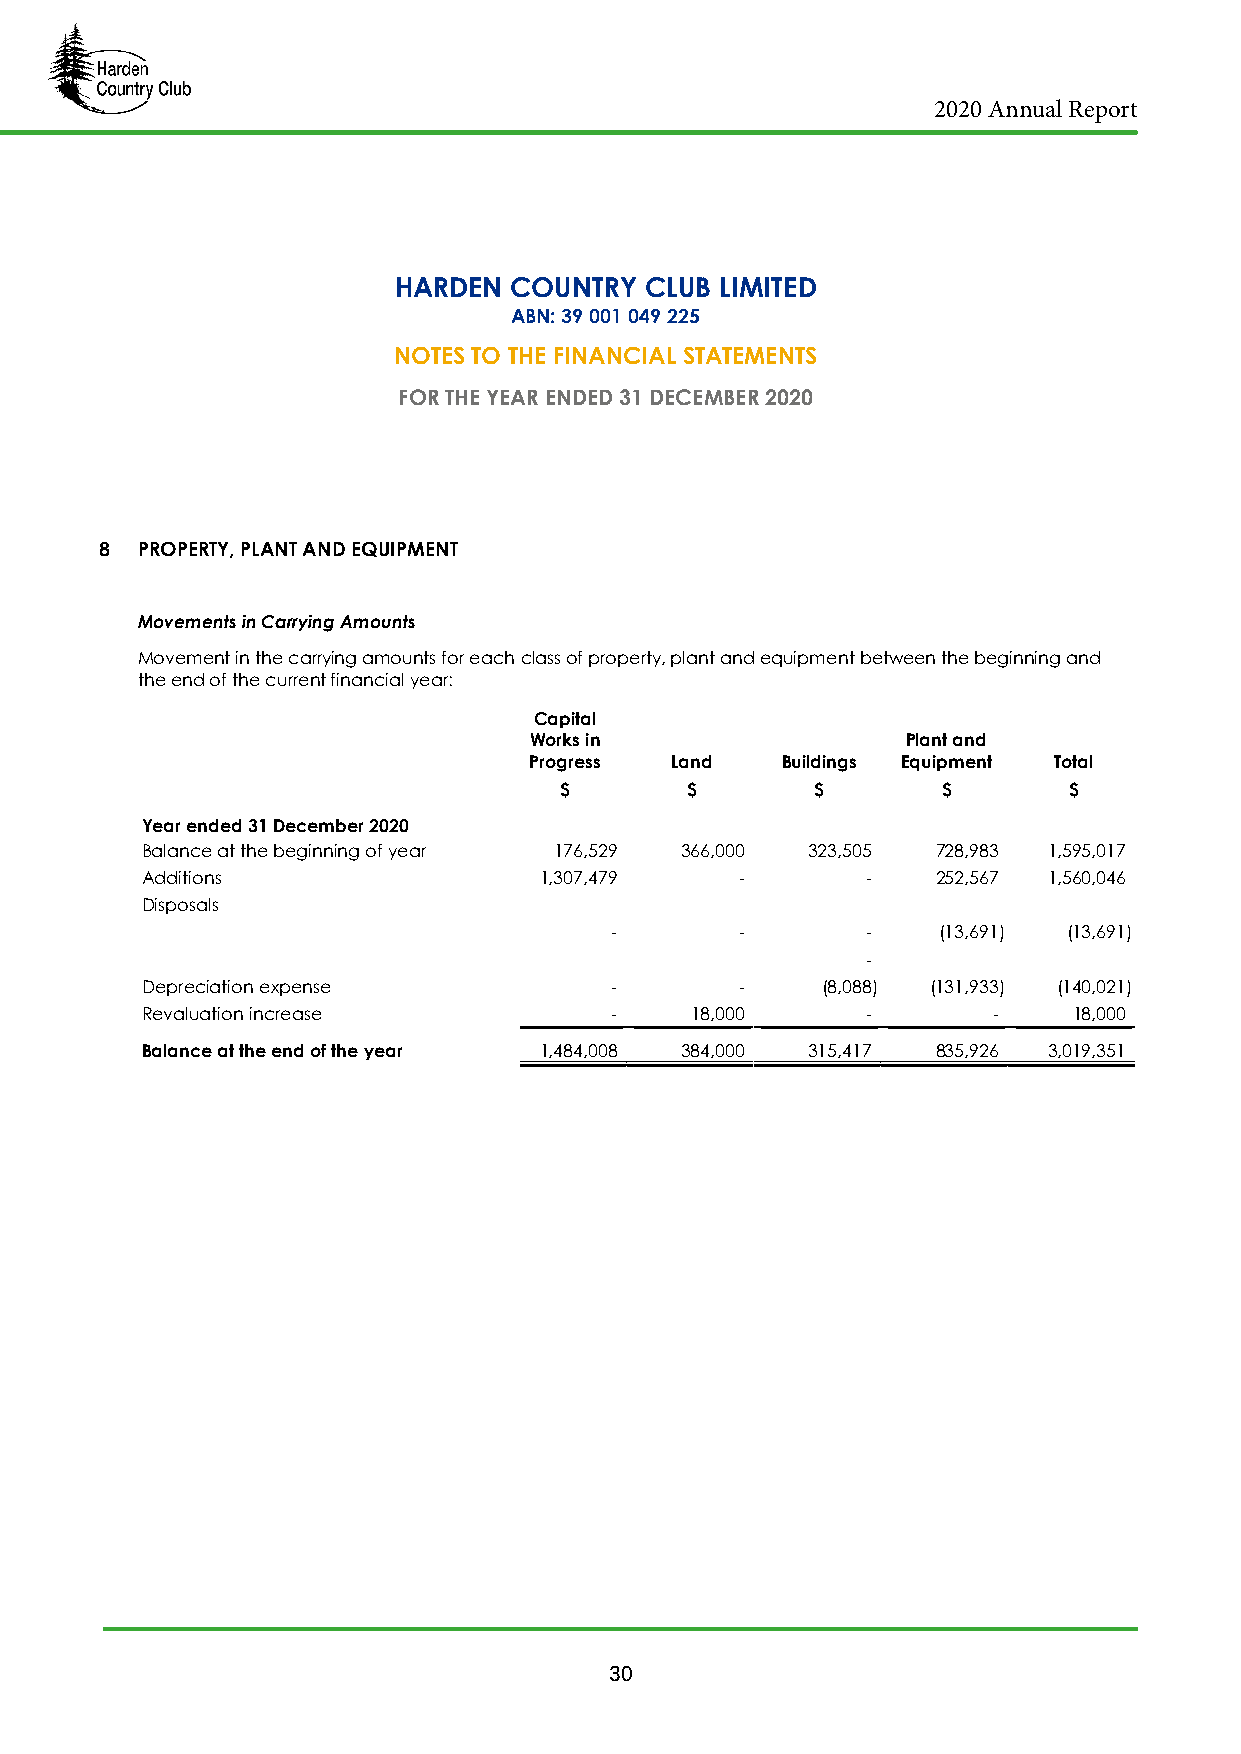
2020 Annual Report
 HARDEN  COUNTRY  CLUB LIMITED
 ABN: 39 001 049 225
 NOTES TO THE FINANCIAL STATEMENTS
 FOR THE YEAR ENDED 31 DECEMBER 2020
 8 PROPERTY, PLANT AND EQUIPMENT
 Movements in Carrying Amounts
 Movement in the carrying amounts for eeaacchh ccllaassss of property, plant and equipment between the beginning and the
 and the end of the current financial year:
 Capital
 Works in                 Plant and
 Progress Land    Buildings Equipment Total
 r       $       $        $       $        $
 Year ended 31 December 2020
 r        Balance at the beginning of yearr 176,529 366,000 323,505 728,983 1,595,017
 r        Additions                  1,307,479    -       -    252,567 1,560,046
 Disposals
 -        -       -    (13,691) (13,691)
 -        -       -    (13,691) (13,691)
 Depreciation expense           -        -    (8,088) (131,933) (140,021)
 Revaluation increase           -     18,000     -        -    18,000
 Balance at the end of the year 1,484,008 384,000 315,417 835,926 3,019,351
 30